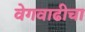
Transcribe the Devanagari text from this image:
वेगवाढीचा